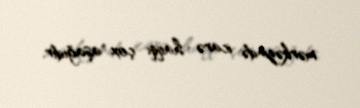
mərkəzində icarə haqqı çox aşağıdır.